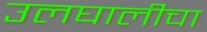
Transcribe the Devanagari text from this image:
उलघालीचा